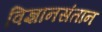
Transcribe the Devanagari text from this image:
विज्ञानसंतान